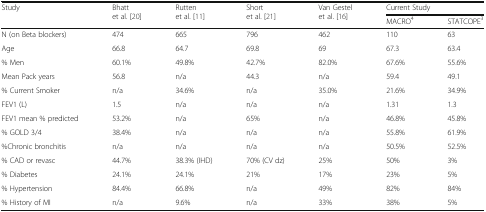
| <ROWSPAN=2> Study | <ROWSPAN=2> Bhatt et al. [20] | <ROWSPAN=2> Rutten et al. [11] | <ROWSPAN=2> Short et al. [21] | <ROWSPAN=2> Van Gestel et al. [16] | <COLSPAN=2> Current Study |
 | MACRO4 | STATCOPE3 |
 | --- | --- | --- | --- | --- | --- | --- |
 | N (on Beta blockers) | 474 | 665 | 796 | 462 | 110 | 63 |
 | Age | 66.8 | 64.7 | 69.8 | 69 | 67.3 | 63.4 |
 | % Men | 60.1% | 49.8% | 42.7% | 82.0% | 67.6% | 55.6% |
 | Mean Pack years | 56.8 | n/a | 44.3 | n/a | 59.4 | 49.1 |
 | % Current Smoker | n/a | 34.6% | n/a | 35.0% | 21.6% | 34.9% |
 | FEV1 (L) | 1.5 | n/a | n/a | n/a | 1.31 | 1.3 |
 | FEV1 mean % predicted | 53.2% | n/a | 65% | n/a | 46.8% | 45.8% |
 | % GOLD 3/4 | 38.4% | n/a | n/a | n/a | 55.8% | 61.9% |
 | %Chronic bronchitis | n/a | n/a | n/a | n/a | 50.5% | 52.5% |
 | % CAD or revasc | 44.7% | 38.3% (IHD) | 70% (CV dz) | 25% | 50% | 3% |
 | % Diabetes | 24.1% | 24.1% | 21% | 17% | 23% | 5% |
 | % Hypertension | 84.4% | 66.8% | n/a | 49% | 82% | 84% |
 | % History of MI | n/a | 9.6% | n/a | 33% | 38% | 5% |